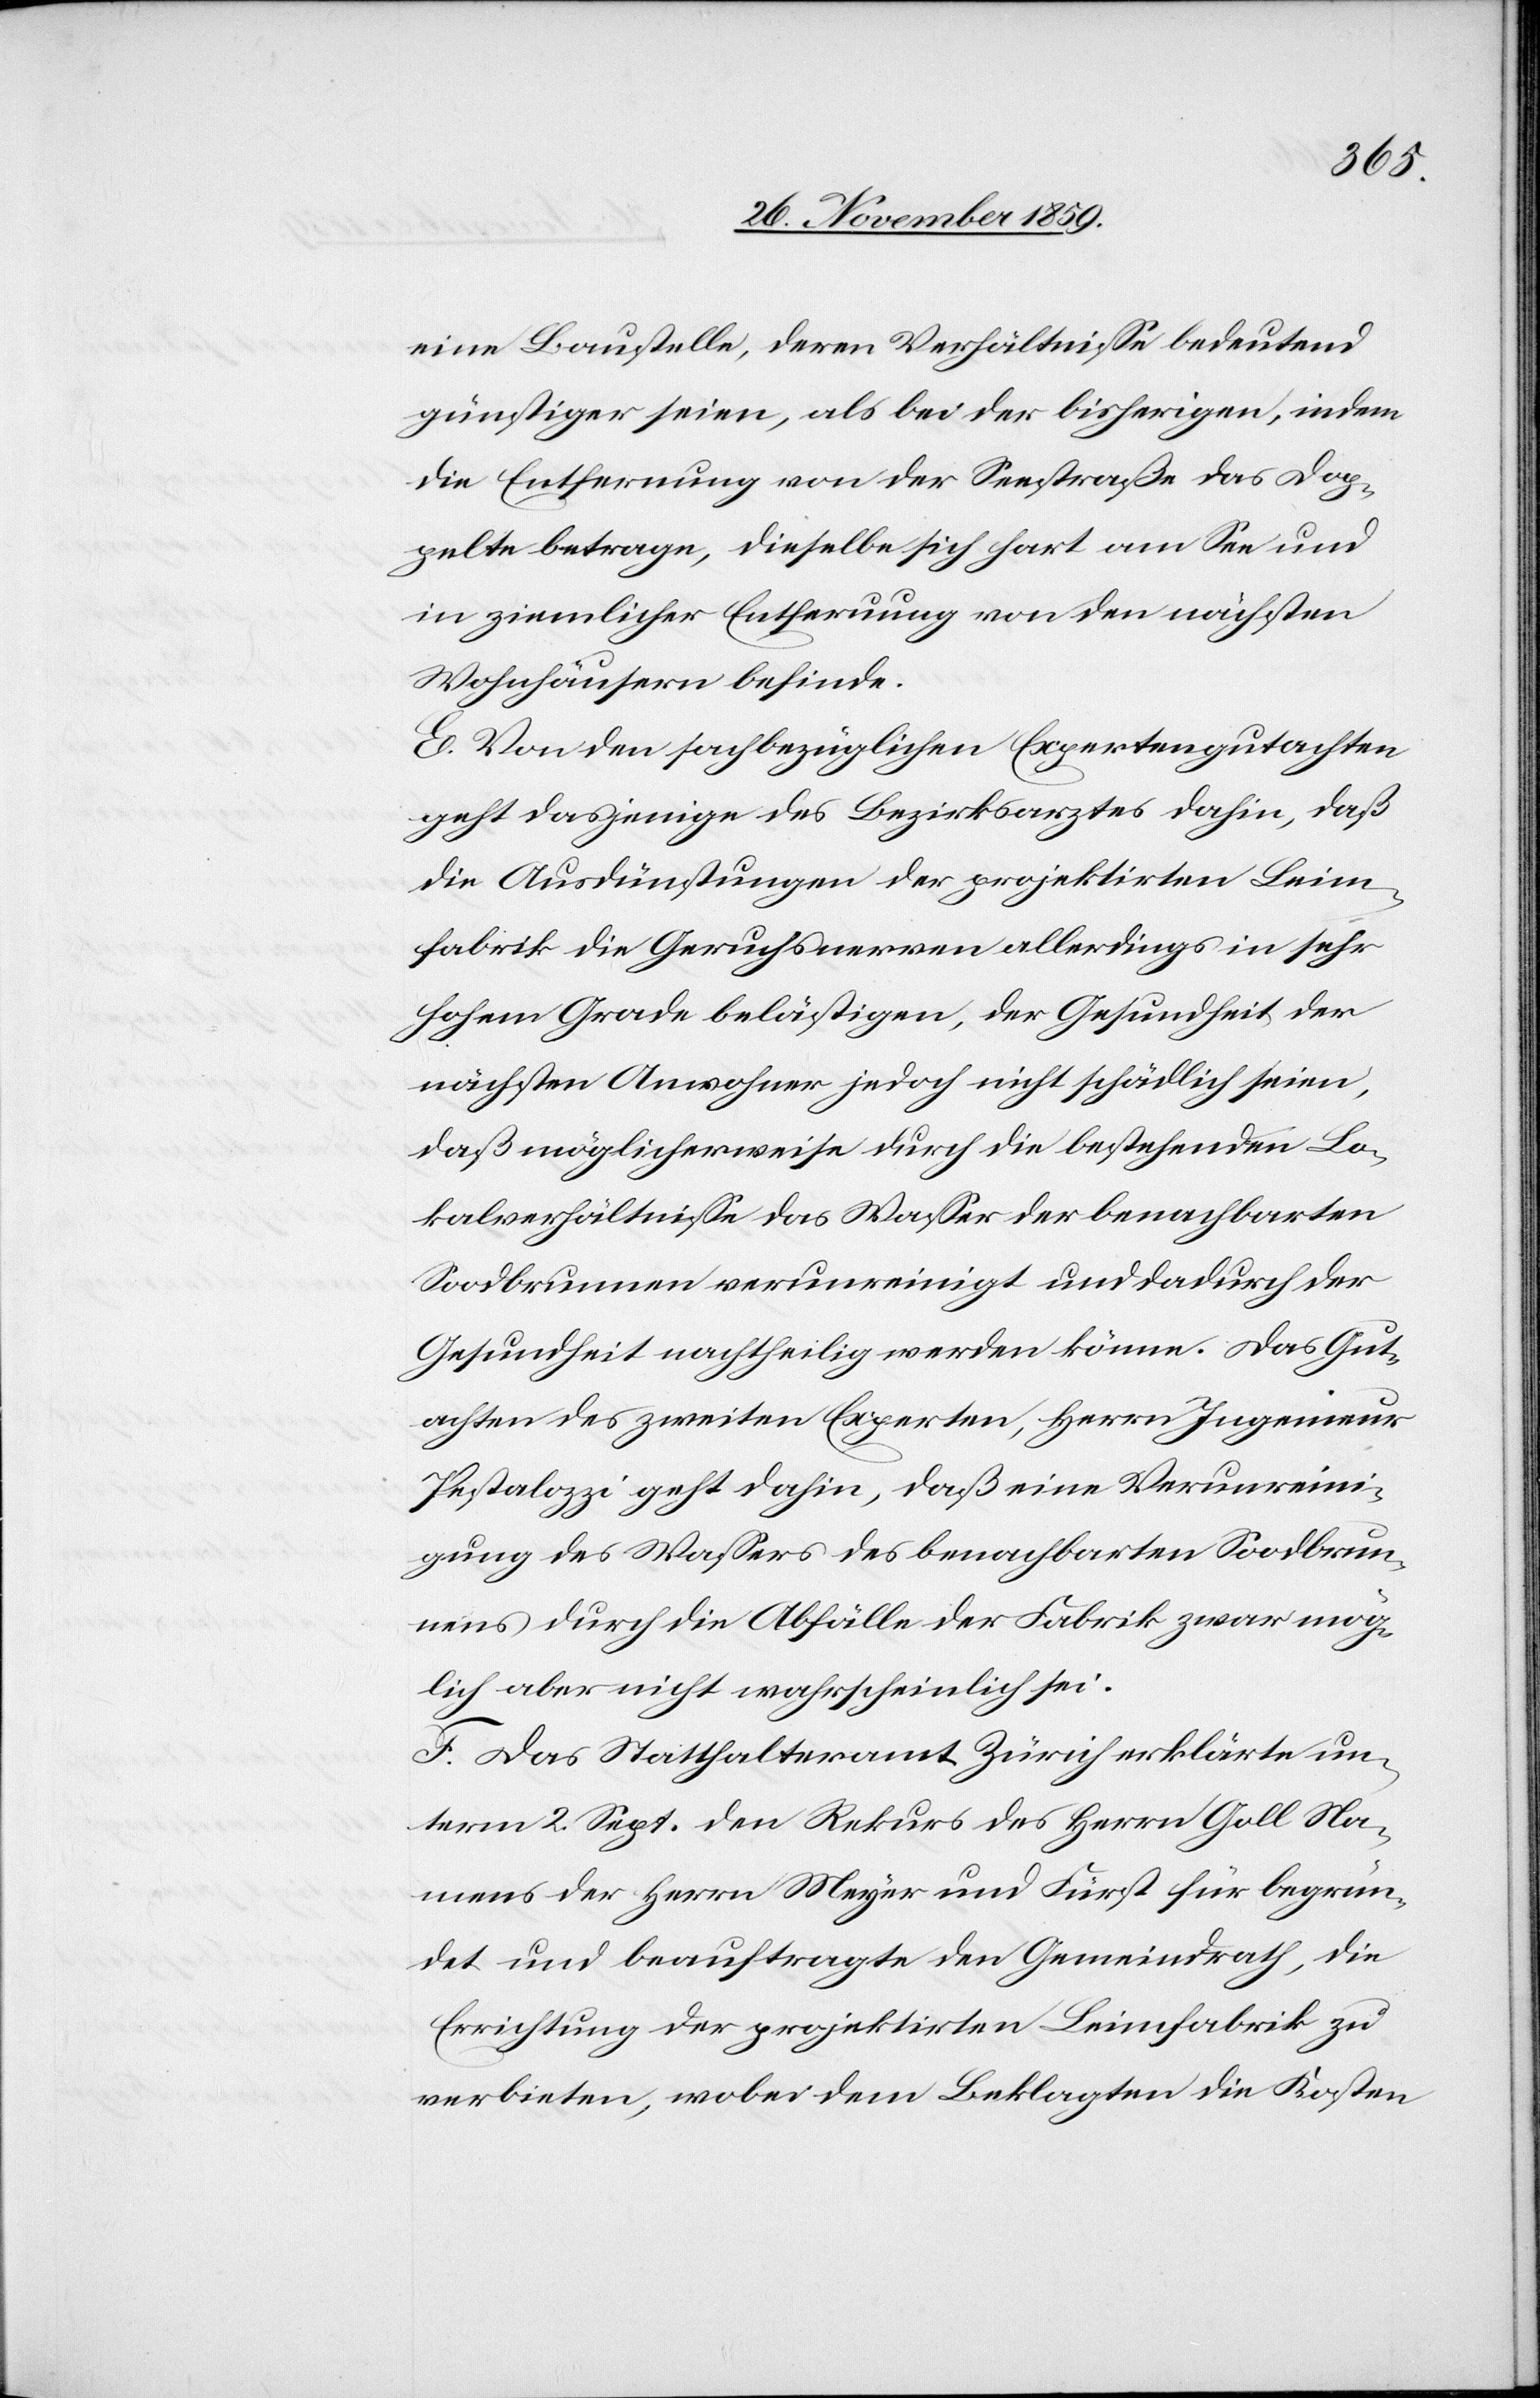
eine Baustelle, deren Verhältnisse bedeutend
günstiger seien, als bei der bisherigen, indem
die Entfernung von der Seestraße das Dop¬
pelte betrage, dieselbe sich hart am See und
in ziemlicher Entferuung [sic!] von den nächsten
Wohnhäusern befinde.
E. Von den sachbezüglichen Expertengutachten
geht dasjenige des Bezirksarztes dahin, daß
die Ausdünstungen der projektirten Leim¬
fabrik die Geruchsnerven allerdings in sehr
hohem Grade belästigen, der Gesundheit der
nächsten Anwohner jedoch nicht schädlich seien,
daß möglicherweise durch die bestehenden Lo¬
kalverhältnisse das Wasser der benachbarten
Soodbrunnen verunreinigt und dadurch der
Gesundheit nachtheilig werden könne. Das Gut¬
achten des zweiten Experten, Herrn Ingenieur
Pestalozzi geht dahin, daß eine Verunreini¬
gung des Wassers des benachbarten Soodbrun¬
nens durch die Abfälle der Fabrik zwar mög¬
lich aber nicht wahrscheinlich sei.
F. Das Statthalteramt Zürich erklärte un¬
term 2. Sept. den Rekurs des Herrn Goll Na¬
mens der Herrn Meyer und Fürst für begrün¬
det und beauftragte den Gemeindrath, die
Errichtung der projektirten Leimfabrik zu
verbieten, wobei dem Beklagten die Kosten